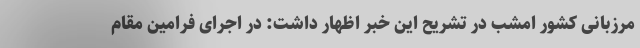
مرزبانی کشور امشب در تشریح این خبر اظهار داشت: در اجرای فرامین مقام